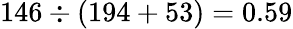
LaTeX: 146\div(194+53)=0.59